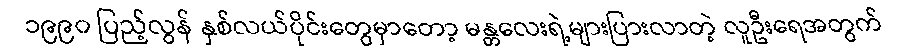
၁၉၉၀ ပြည့်လွန် နှစ်လယ်ပိုင်းတွေမှာတော့ မန္တလေးရဲ့များပြားလာတဲ့ လူဦးရေအတွက်